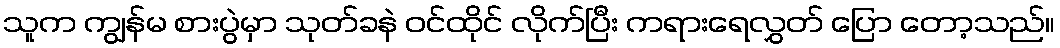
သူက ကျွန်မ စားပွဲမှာ သုတ်ခနဲ ဝင်ထိုင် လိုက်ပြီး ကရားရေလွှတ် ပြော တော့သည်။